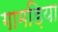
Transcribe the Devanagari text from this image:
गामड़िया